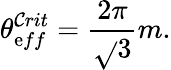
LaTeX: \theta_{\mathrm{e}ff}^{\mathcal{C}rit}=\frac{{2\pi}}{{\sqrt{}{{3}}}}m.